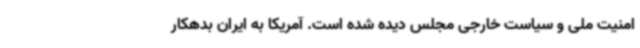
امنیت ملی و سیاست خارجی مجلس دیده شده است. آمریکا به ایران بدهکار